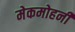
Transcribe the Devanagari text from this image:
मेकमोहनी